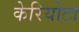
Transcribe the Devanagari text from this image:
केरियोटा